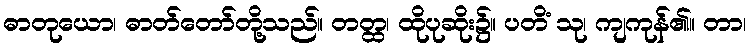
ဓာတုယော၊ ဓာတ်တော်တို့သည်။ တတ္ထ၊ ထိုပုဆိုး၌။ ပတိံ သု၊ ကျကုန်၏။ တာ၊